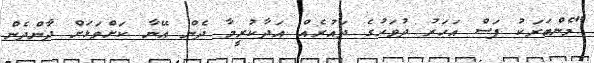
"މެންބަރަކު ފަސް އަހަރު ދުވަހުގެ ދައުރެއް އަދާކުރީމާ ދެން އޭނާ ކަށްވަޅަށް ދާންދެން